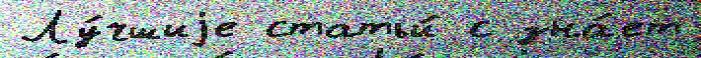
Лу́чшиjе статьи́ с зна́ет